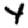
Digit: 4